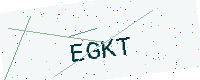
Text: EGKT